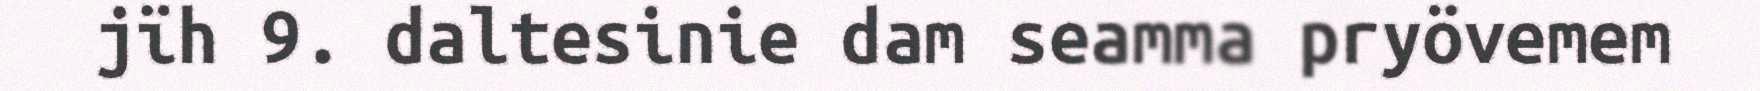
jïh 9. daltesinie dam seamma pryövemem